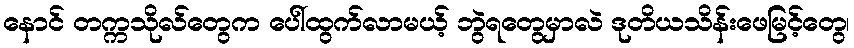
နောင် တက္ကသိုလ်တွေက ပေါ်ထွက်လာမယ့် ဘွဲရတွေမှာလဲ ဒုတိယသိန်းဖေမြင့်တွေ၊